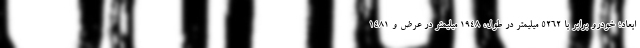
ابعاد؛ خودرو برابر با 5262 میلیمتر در طول، 1948 میلیمتر در عرض و 1481